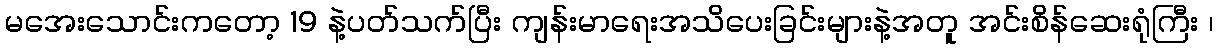
မအေးသောင်းကတော့ 19 နဲ့ပတ်သက်ပြီး ကျန်းမာရေးအသိပေးခြင်းများနဲ့အတူ အင်းစိန်ဆေးရုံကြီး ၊